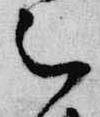
被